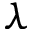
\lambda